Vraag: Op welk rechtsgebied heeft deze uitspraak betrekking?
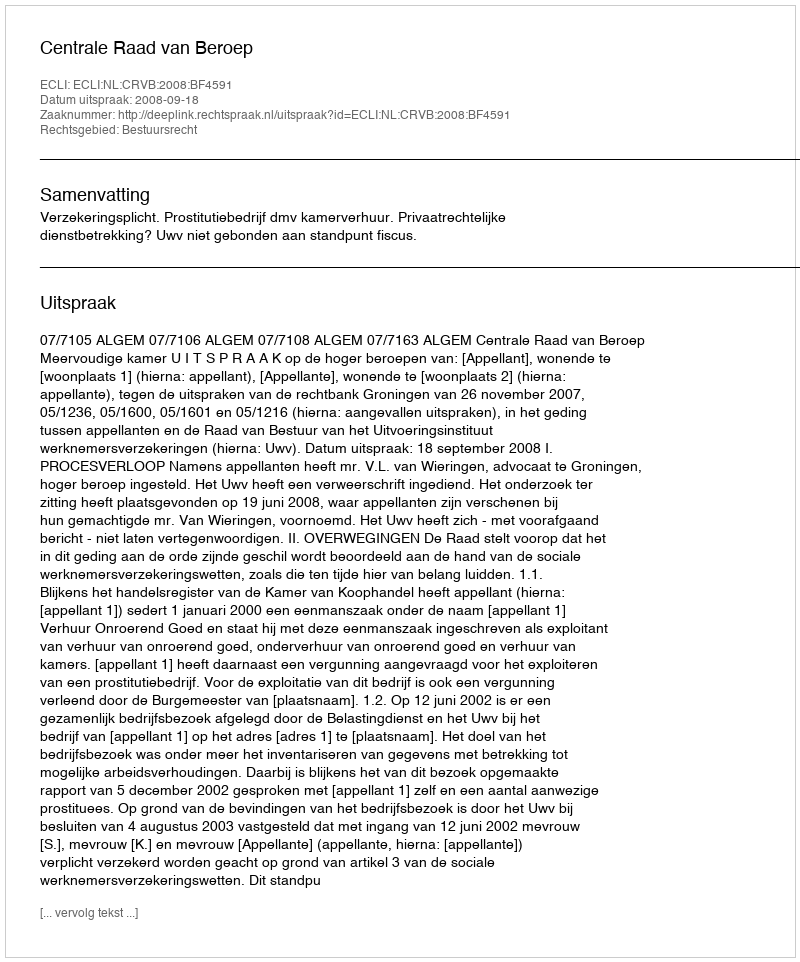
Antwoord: Bestuursrecht